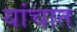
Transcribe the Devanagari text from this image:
यांचात